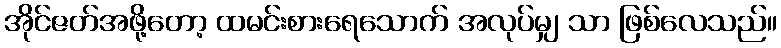
အိုင်ဇတ်အဖို့တော့ ထမင်းစားရေသောက် အလုပ်မျှ သာ ဖြစ်လေသည်။